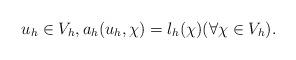
LaTeX: \begin{align*} u_h \in V_h, a_h(u_h,\chi) = l_h(\chi) (\forall \chi \in V_h). \end{align*}